Indian journal of veterinary science and animal husbandry - Volumes 22-23, 1952-1953
Year: 1952
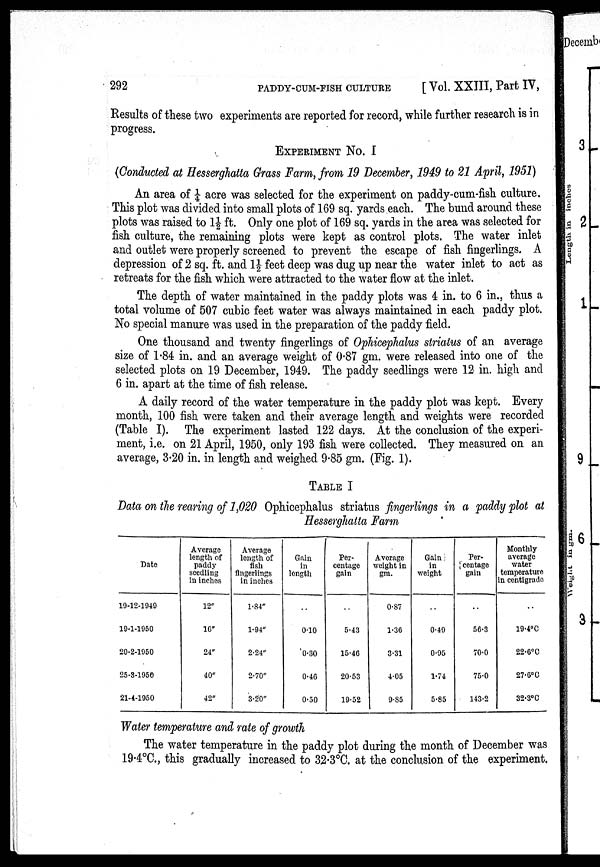
292
PADDY-CUM-FISH-CULTURE
[Vol. XXIII, Part IV,
Results of these two experiments are reported for record, while further research is in
progress.
EXPERIMENT No. I
(Conducted at Hesserghatta Grass Farm, from 19 December, 1949 to 21 April, 1951)
An area of 1/4 acre was selected for the experiment on paddy-cum-fish culture.
This plot was divided into small plots of 169 sq. yards each. The bund around these
plots was raised to 1½ ft. Only one plot of 169 sq. yards in the area was selected for
fish culture, the remaining plots were kept as control plots. The water inlet
and outlet were properly screened to prevent the escape of fish fingerlings. A
depression of 2 sq. ft. and 1½ feet deep was dug up near the water inlet to act as
retreats for the fish which were attracted to the water flow at the inlet.
The depth of water maintained in the paddy plots was 4 in. to 6 in., thus a
total volume of 507 cubic feet water was always maintained in each paddy plot.
No special manure was used in the preparation of the paddy field.
One thousand and twenty fingerlings of Ophicephalus striatus of an average
size of 1.84 in. and an average weight of 0.87 gm. were released into one of the
selected plots on 19 December, 1949. The paddy seedlings were 12 in. high and
6 in. apart at the time of fish release.
A daily record of the water temperature in the paddy plot was kept. Every
month, 100 fish were taken and their average length and weights were recorded
(Table I). The experiment lasted 122 days. At the conclusion of the experi-
ment, i.e. on 21 April, 1950, only 193 fish were collected. They measured on an
average, 3.20 in. in length and weighed 9.85 gm. (Fig. 1).
TABLE I
Data on the rearing of 1,020 Ophicephalus striatus fingerlings in a paddy plot at
Hesserghatta Farm
Date
19-12-1949
19-1-1950
20-2-1950
25-3-1950
21-4-1950
Average
length of
paddy
seedling
in inches
12"
16"
24"
40"
42"
Average
length of
fish
fingerlings
in inches
1.84"
1.94"
2.24"
2.70"
3.20"
Gain
in
length
..
0.10
0.30
0.46
0.50
Per-
centage
gain
..
5.43
15.46
20.53
19.52
Average
weight in
gm.
0.87
1.36
3.31
4.05
9.85
Gain
in
weight
..
0.49
0.95
1.74
5.85
Per-
centage
gain
..
56.3
70.0
75.0
143.2
Monthly
average
water
temperature
in centigrade
..
19.4ºC
22.6ºC
27.6ºC
32.3ºC
Water temperature and rate of growth
The water temperature in the paddy plot during the month of December was
19.4ºC., this gradually increased to 32.3ºC. at the conclusion of the experiment,